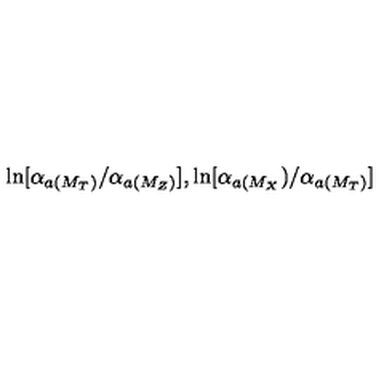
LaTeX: \ln [ \alpha _ { a ( M _ { T } ) } / \alpha _ { a ( M _ { Z } ) } ] , \ln [ \alpha _ { a ( M _ { X } } ) / \alpha _ { a ( M _ { T } ) } ]